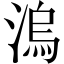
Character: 溩